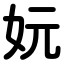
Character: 妧